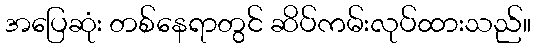
အပြေဆုံး တစ်နေရာတွင် ဆိပ်ကမ်းလုပ်ထားသည်။